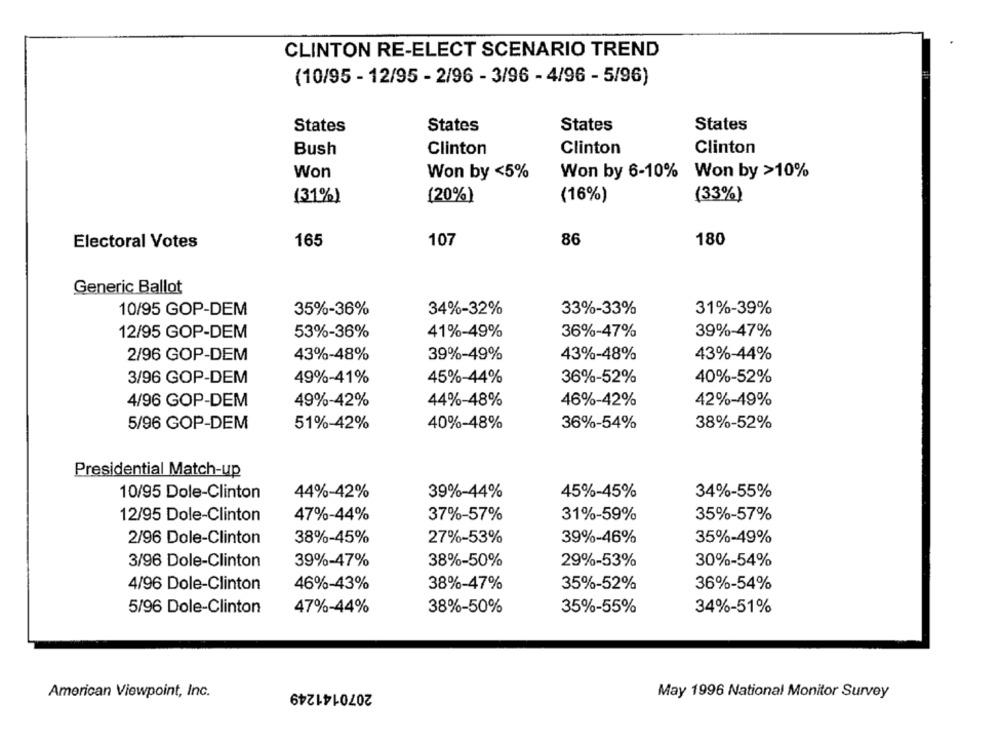
CLINTON RE-ELECT SCENARIO TREND
(10/95 - 12/95 - 2/96 - 3/96 - 4/96 - 5/96)
States
States
States
States
Bush
Clinton
Clinton
Clinton
Won
Won by <5%
Won by 6-10%
Won by >10%
(31%)
(20%)
(16%)
(33%)
Electoral Votes
165
107
86
180
Generic Ballot
10/95 GOP-DEM
35%-36%
34%-32%
33%-33%
31%-39%
53%-36%
41%-49%
36%-47%
39%-47%
12/95 GOP-DEM
2/96 GOP-DEM
43%-48%
39%-49%
43%-48%
43%-44%
49%-41%
36%-52%
40%-52%
3/96 GOP-DEM
45%-44%
46%-42%
4/96 GOP-DEM
49%-42%
44%-48%
42%-49%
40%-48%
5/96 GOP-DEM
51%-42%
36%-54%
38%-52%
Presidential Match-up
10/95 Dole-Clinton
44%-42%
39%-44%
45%-45%
34%-55%
12/95 Dole-Clinton
47%-44%
37%-57%
31%-59%
35%-57%
2/96 Dole-Clinton
38%-45%
27%-53%
39%-46%
35%-49%
3/96 Dole-Clinton
39%-47%
38%-50%
29%-53%
30%-54%
4/96 Dole-Clinton
46%-43%
38%-47%
35%-52%
36%-54%
47%-44%
38%-50%
35%-55%
34%-51%
5/96 Dole-Clinton
2070141249
American Viewpoint, Inc.
May 1996 National Monitor Survey